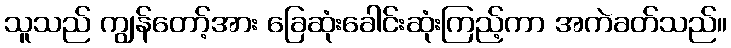
သူသည် ကျွန်တော့်အား ခြေဆုံးခေါင်းဆုံးကြည့်ကာ အကဲခတ်သည်။